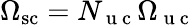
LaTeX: \Omega_{\mathrm{sc}}=N_{\mathrm{~u~c~}}\Omega_{\mathrm{~u~c~}}